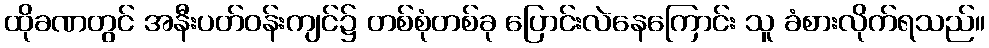
ထိုခဏတွင် အနီးပတ်ဝန်းကျင်၌ တစ်စုံတစ်ခု ပြောင်းလဲနေကြောင်း သူ ခံစားလိုက်ရသည်။